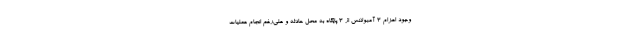
وجود اعزام 3 آمبولانس از 3 پایگاه به محل حادثه و علی‌رغم انجام عملیات